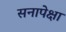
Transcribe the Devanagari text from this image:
सनापेक्षा